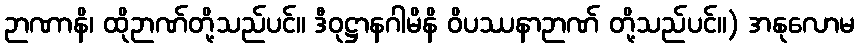
ဉာဏာနိ၊ ထိုဉာဏ်တို့သည်ပင်။ ဒီဝုဋ္ဌာနဂါမိနိ ဝိပဿနာဉာဏ် တို့သည်ပင်။) အနုလောမ